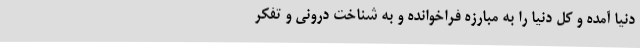
دنیا آمده و کل دنیا را به مبارزه فراخوانده و به شناخت درونی و تفکر